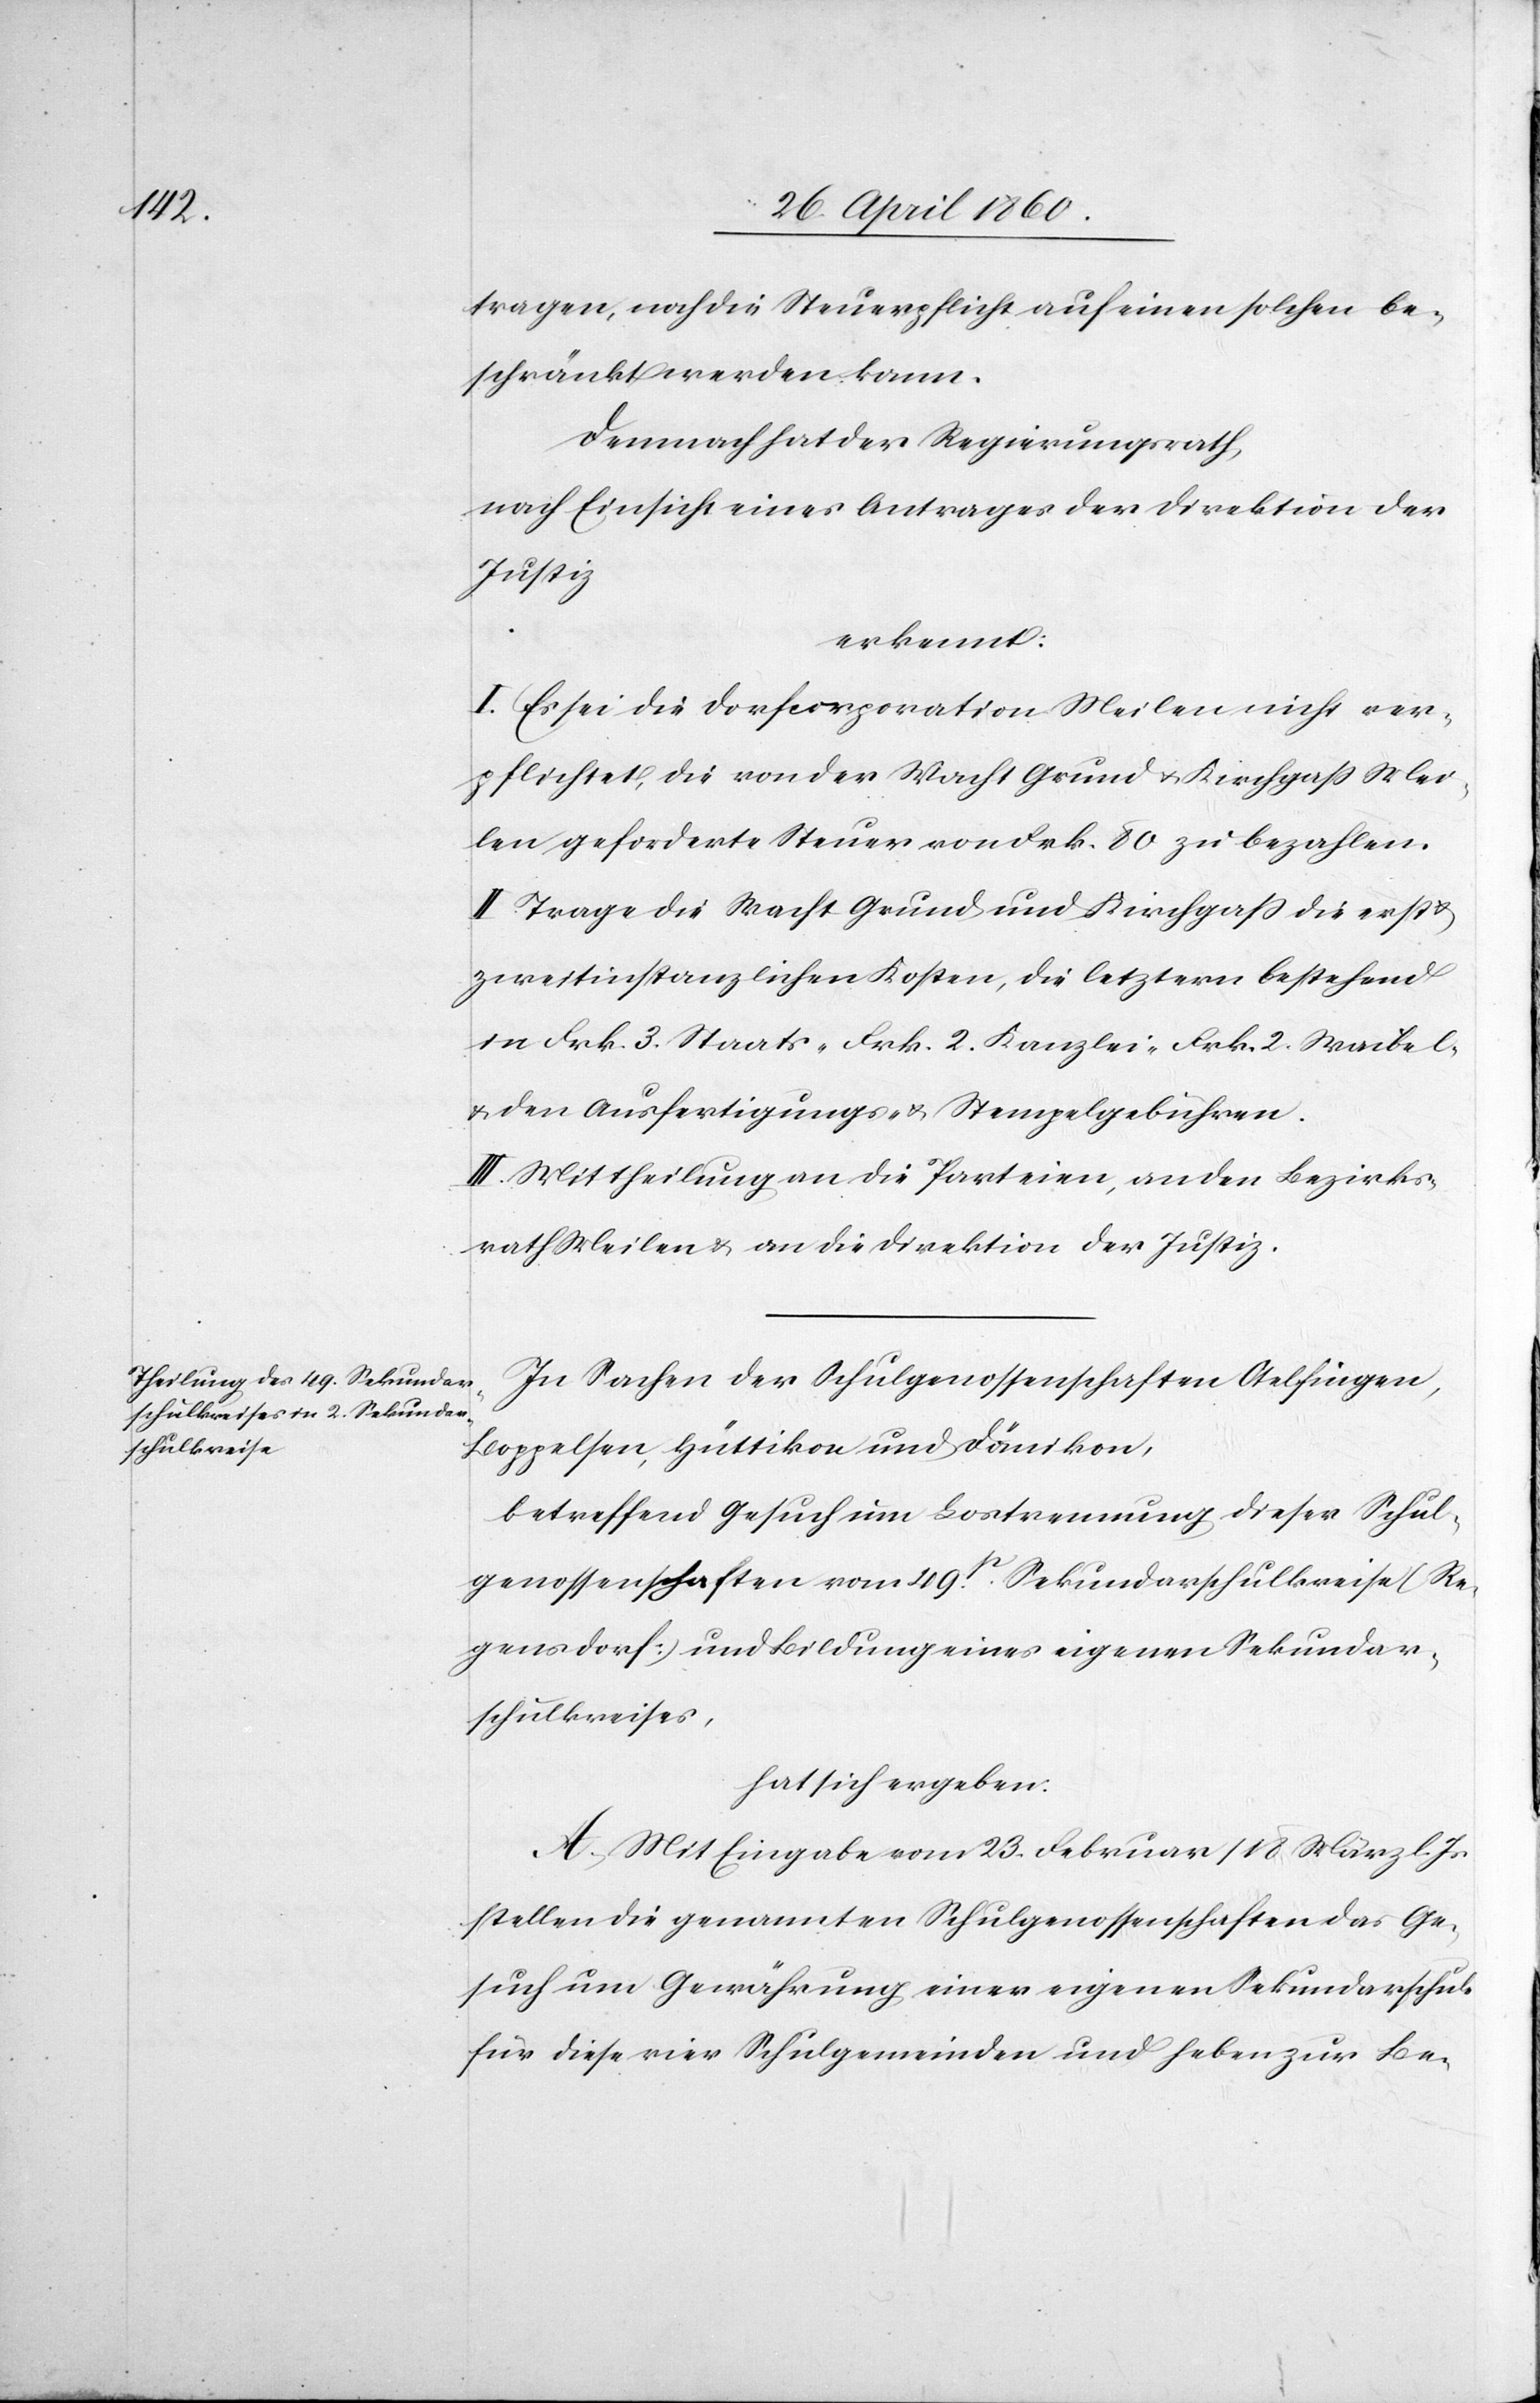
tragen, noch die Steuerpflicht auf einen solchen be¬
schränkt werden kann.
Demnach hat der Regierungsrath,
nach Einsicht eines Antrages der Direktion der
Justiz
erkennt.
I. Es sei die Dorfcorporation Meilen nicht ver¬
pflichtet, die von der Wacht Grund u. Kirchgass Mei¬
len geforderte Steuer von Frk. 80 zu bezahlen.
II. Trage die Wacht Grund und Kirchgass die erst
zweitinstanzlichen Kosten, die letztern bestehend
in Frk. 3. Staats- Frk. 2. Kanzlei- Frk. 2. Waibel-
u. den Ausfertigungs- u. Stempelgebühren.
III. Mittheilung an die Parteien, an den Bezirks¬
rath Meilen u. an die Direktion der Justiz.
In Sachen der Schulgenossenschaften Otelfingen,
Boppelsen, Hüttikon und Dänikon,
betreffend Gesuch um Lostrennung dieser Schul¬
genossenschaften vom 49t Sekundarschulkreise (Re¬
gensdorf) und Bildung eines eigenen Sekundar¬
schulkreises,
hat sich ergeben:
A. Mit Eingabe vom 23. Februar / 18. März l. Js.
stellen die genannten Schulgenossenschaften das Ge¬
such um Gewährung einer eigenen Sekundarschule
für diese vier Schulgemeinden und heben zur Be-
u.